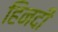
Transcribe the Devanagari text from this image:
हिनदी